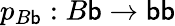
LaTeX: p_{B\mathsf{b}}:B\mathsf{b}\rightarrow\mathsf{b}\mathsf{b}